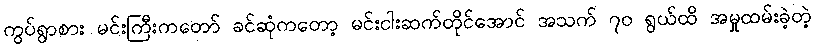
ကွပ်ရွာစား မင်းကြီးကတော် ခင်ဆုံကတော့ မင်းငါးဆက်တိုင်အောင် အသက် ၇၀ ရွယ်ထိ အမှုထမ်းခဲ့တဲ့